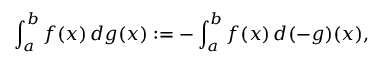
\int _ { a } ^ { b } f ( x ) \, d g ( x ) : = - \int _ { a } ^ { b } f ( x ) \, d ( - g ) ( x ) ,